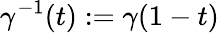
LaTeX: \gamma^{-1}(t):=\gamma(1-t)